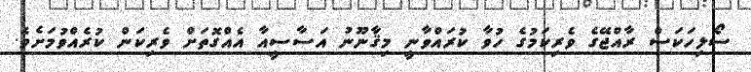
ސޯލިހަކަސް ރާއްޖޭގެ ވެރިކަމުގެ ހުވާ ކުރައްވާނީ މިޤާނޫނު އަސާސީއާ އެއްގޮތަށް ވެރިކަން ކުރެއްވުމަށެވެ.